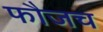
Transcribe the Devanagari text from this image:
फौजच